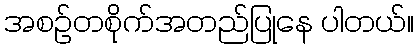
အစဉ်တစိုက်အတည်ပြုနေ ပါတယ်။